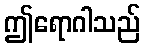
ဤရောဂါသည်